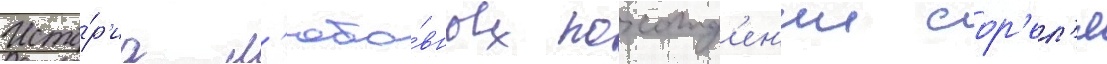
Исто́р'иа л'юбо́вных похожд'ен'ии сор'ел'я